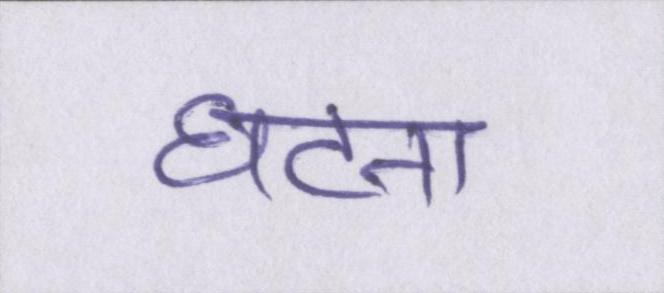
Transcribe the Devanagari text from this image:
घटना